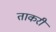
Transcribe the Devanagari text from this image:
ताकरी